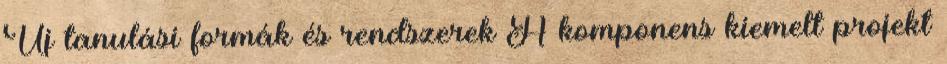
Új tanulási formák és rendszerek A komponens kiemelt projekt